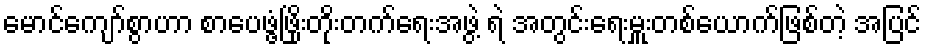
မောင်ကျော်စွာဟာ စာပေဖွံ့ဖြိုးတိုးတက်ရေးအဖွဲ့ ရဲ အတွင်းရေးမှူးတစ်ယောက်ဖြစ်တဲ့ အပြင်